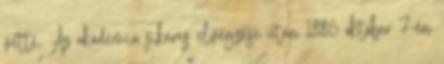
vette. Az akadémia sikeres elvégzése után 1886 október 7-én